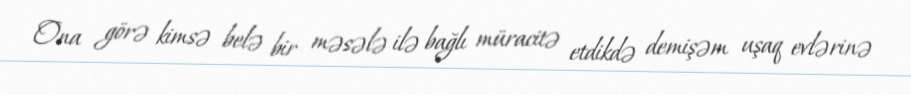
Ona görə kimsə belə bir məsələ ilə bağlı müracitə etdikdə demişəm uşaq evlərinə